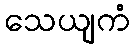
သေယျကံ